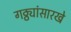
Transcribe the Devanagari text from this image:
गठ्ठ्यांसारखे